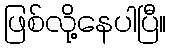
ဖြစ်လို့နေပါပြီ။